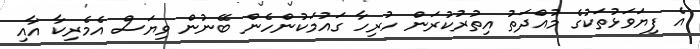
އެ ފިޔަވަޅުތަކުގެ މުއްދަތު އިތުރުކުރަން ހުރިހާ ގައުމަކުންހެން ބޭނުން ވިޔަސް އެމެރިކާ އާއި